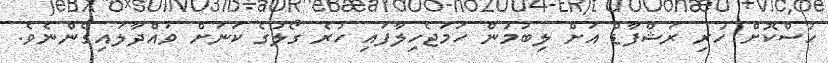
ހުސްކޮށް ހުރި ރަޝްފާޑް އަށް ލިބުމުން ހަމަޖެހިލާފައި ހުރެ ގޯލުގެ ކަނަށް ވައްދާލައިގެންނެވެ.